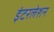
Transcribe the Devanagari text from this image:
इंटरलेशन